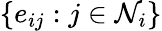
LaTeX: \{ e_{ij}:j\in\mathcal{N}_{i}\}